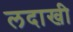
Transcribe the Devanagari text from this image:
लदाखी